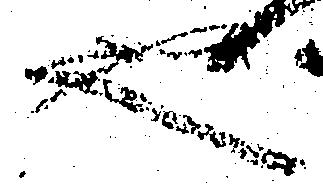
也